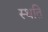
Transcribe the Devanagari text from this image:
स्‍थति